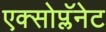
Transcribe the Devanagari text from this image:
एक्सोप्लॅनेट